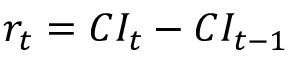
r _ { t } = C I _ { t } - C I _ { t - 1 }